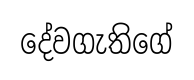
දේවගැතිගේ